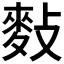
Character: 𪌏